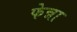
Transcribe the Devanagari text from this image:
फेन्ना